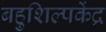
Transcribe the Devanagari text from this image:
बहुशिल्पकेंद्र